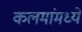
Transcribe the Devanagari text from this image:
कलमांमध्ये